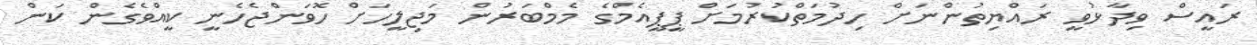
ރައީސް ވިދާޅުވީ ރައްޔިތުންނަށް ހިދުމަތްކުރުމަށް ޕީޕީއެމްގެ މެމްބަރުން މަޖިލީހަށް ހޮވަންޖެހެނީ ކީއްވެގެން ކަން